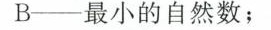
B──最小的自然数；